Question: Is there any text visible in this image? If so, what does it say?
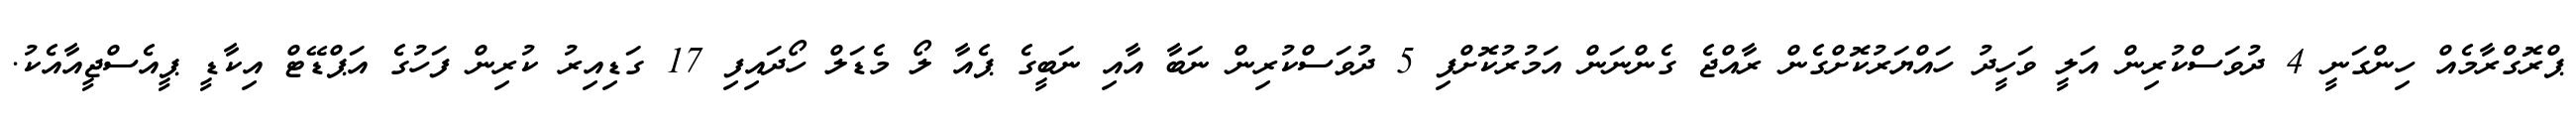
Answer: ޕްރޮގްރާމެއް ހިންގަނީ 4 ދުވަސްކުރިން އަލީ ވަހީދު ހައްޔަރުކޮށްގެން ރާއްޖެ ގެންނަން އަމުރުކޮށްފި 5 ދުވަސްކުރިން ނަބާ އާއި ނަބީގެ ޕެއާ ލޯ މެޑަލް ހޯދައިފި 17 ގަޑިއިރު ކުރިން ފަހުގެ އަޕްޑޭޓް އިކާޑީ ޕީއެސްޖީއާއެކު.